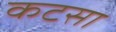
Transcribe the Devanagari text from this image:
कटसा